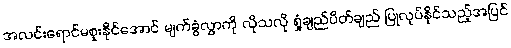
အလင်းရောင်မစူးနိုင်အောင် မျက်ခွံလွှာကို လိုသလို ရှုံ့ချည်ပိတ်ချည် ပြုလုပ်နိုင်သည့်အပြင်